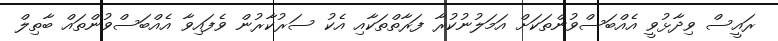
ރައީސް ވިދާޅުވީ އެއްބަސްވުންތަކަށް އަމަލުނުކުރާ ފަރާތްތަކާއި އެކު ސަރުކާރުން ވެފައިވާ އެއްބަސްވުންތައް ބާތިލް